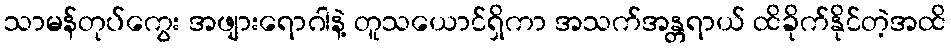
သာမန်တုပ်ကွေး အဖျားရောဂါနဲ့ တူသယောင်ရှိကာ အသက်အန္တရာယ် ထိခိုက်နိုင်တဲ့အထိ